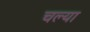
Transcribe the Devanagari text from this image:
चल्या